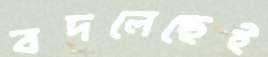
বদলেছেই